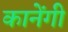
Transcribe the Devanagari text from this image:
कानेंगी